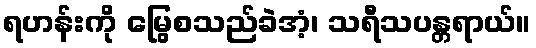
ရဟန်းကို မြွေစသည်ခဲအံ့၊ သရီသပန္တရာယ်။